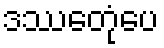
ဒဿေတုံပေ